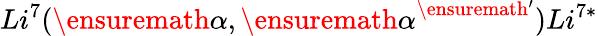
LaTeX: Li^{7}(\ensuremath{\alpha},{\ensuremath{\alpha}}^{\ensuremath{'}}){{Li}}^{7*}